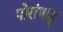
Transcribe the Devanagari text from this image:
पोरांगाडु